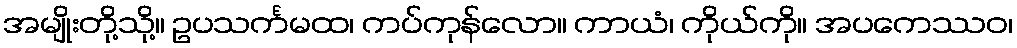
အမျိုးတို့သို့။ ဥပသင်္ကမထ၊ ကပ်ကုန်လော။ ကာယံ၊ ကိုယ်ကို။ အပကေဿဝ၊